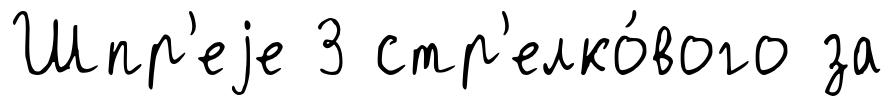
Шпр'еjе 3 стр'елко́вого за